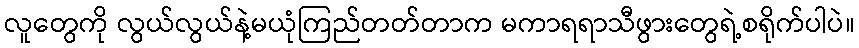
လူတွေကို လွယ်လွယ်နဲ့မယုံကြည်တတ်တာက မကာရရာသီဖွားတွေရဲ့စရိုက်ပါပဲ။